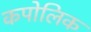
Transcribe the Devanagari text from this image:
कपोलिक